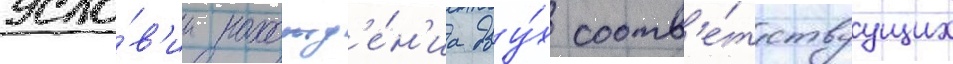
усло́в'ии нахожд'е́н'иа дву́х соотв'е́тствуущих